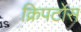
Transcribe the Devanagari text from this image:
क्रिपटोस